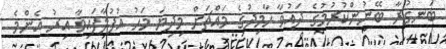
ބަނގުރާ ބޭނުންކުރުމުގެ ދައުވާ ހާމިދުގެ މައްޗަށް މިދިޔަ މަހު އުފުލާފައިވާ އިރު އެންމެ